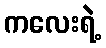
ကလေးရဲ့